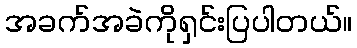
အခက်အခဲကိုရှင်းပြပါတယ်။